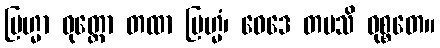
ဗြဟ္မာ ဝုတ္တော တထာ ဗြဟ္မံ၊ ဝေဒေ တပသိ ဝုစ္စတေ။